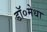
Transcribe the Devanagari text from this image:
डॉ०मेधा